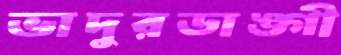
ভাদুরডাঙ্গী